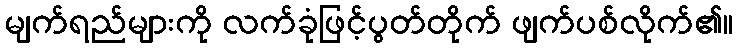
မျက်ရည်များကို လက်ခုံဖြင့်ပွတ်တိုက် ဖျက်ပစ်လိုက်၏။